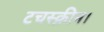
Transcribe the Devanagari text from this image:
टचस्क्रीन।